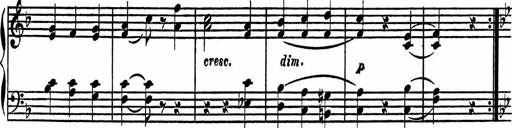
Title: 4 Piano Sonatinas
Composer: Adam Geibel